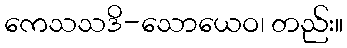
ကေသသဒိ-သောယေဝ၊ တည်း။